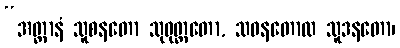
“အတ္ထာနံ သူစနတော သုဝုတ္တတော, သဝနတောထ သူဒနတော၊